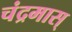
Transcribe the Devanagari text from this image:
चंद्रमास्